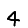
Digit: 4